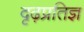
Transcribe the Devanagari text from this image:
दृढ़प्रतिज्ञ